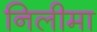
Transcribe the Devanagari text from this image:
निलीमा